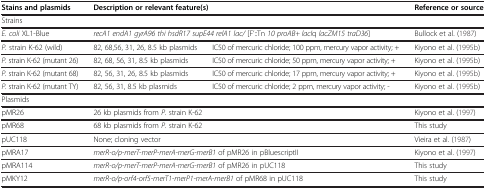
<table><thead><tr><td><b>Stains and plasmids</b></td><td colspan="2"><b>Description or relevant feature(s)</b></td><td><b>Reference or source</b></td></tr></thead><tbody><tr><td colspan="4">Strains</td></tr><tr><td><i>E. coli</i> XL1-Blue</td><td colspan="2"><i>recA1 endA1 gyrA96 thi hsdR17 supE44 relA1 lac/</i> [F’::Tn <i>10 proAB+ lacI</i>q <i>lacZM15 traD36</i>]</td><td> (Bullock et al. 1987)</td></tr><tr><td><i>P.</i> strain K-62 (wild)</td><td>82, 68,56, 31, 26, 8.5 kb plasmids</td><td>IC50 of mercuric chloride; 100 ppm, mercury vapor activity; +</td><td>Kiyono et al. (1995b)</td></tr><tr><td><i>P.</i> strain K-62 (mutant 26)</td><td>82, 68, 56, 31, 8.5 kb plasmids</td><td>IC50 of mercuric chloride; 50 ppm, mercury vapor activity; +</td><td>Kiyono et al. (1995b)</td></tr><tr><td><i>P.</i> strain K-62 (mutant 68)</td><td>82, 56, 31, 26, 8.5 kb plasmids</td><td>IC50 of mercuric chloride; 17 ppm, mercury vapor activity; +</td><td>Kiyono et al. (1995b)</td></tr><tr><td><i>P.</i> strain K-62 (mutant TY)</td><td>82, 56, 31, 8.5 kb plasmids</td><td>IC50 of mercuric chloride; 2 ppm, mercury vapor activity; -</td><td>Kiyono et al. (1995b)</td></tr><tr><td colspan="4">Plasmids</td></tr><tr><td>pMR26</td><td colspan="2">26 kb plasmids from <i>P.</i> strain K-62</td><td> (Kiyono et al. 1997)</td></tr><tr><td>pMR68</td><td colspan="2">68 kb plasmids from <i>P.</i> strain K-62</td><td>This study</td></tr><tr><td>pUC118</td><td colspan="2">None; cloning vector</td><td> (Vieira et al. 1987)</td></tr><tr><td>pMRA17</td><td colspan="2"><i>merR-o/p-merT-merP-merA-merG-merB1</i> of pMR26 in pBluescriptII</td><td> (Kiyono et al. 1997)</td></tr><tr><td>pMRA114</td><td colspan="2"><i>merR-o/p-merT-merP-merA-merG-merB1</i> of pMR26 in pUC118</td><td>This study</td></tr><tr><td>pMKY12</td><td colspan="2"><i>merR-o/p-orf4-orf5-merT1-merP1-merA-merB1</i> of pMR68 in pUC118</td><td>This study</td></tr></tbody></table>